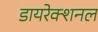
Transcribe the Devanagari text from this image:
डायरेक्शनल